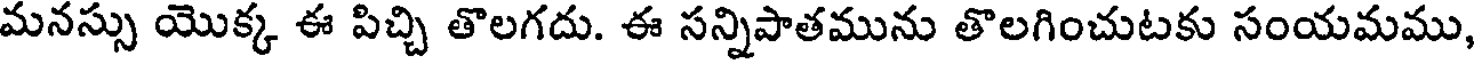
మనస్సు యొక్క ఈ పిచ్చి తొలగదు. ఈ సన్నిపాతమును తొలగించుటకు సంయమము,